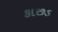
કાછડ